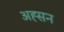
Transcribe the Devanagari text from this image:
अह्सन